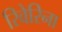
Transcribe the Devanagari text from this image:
रिवेरिना